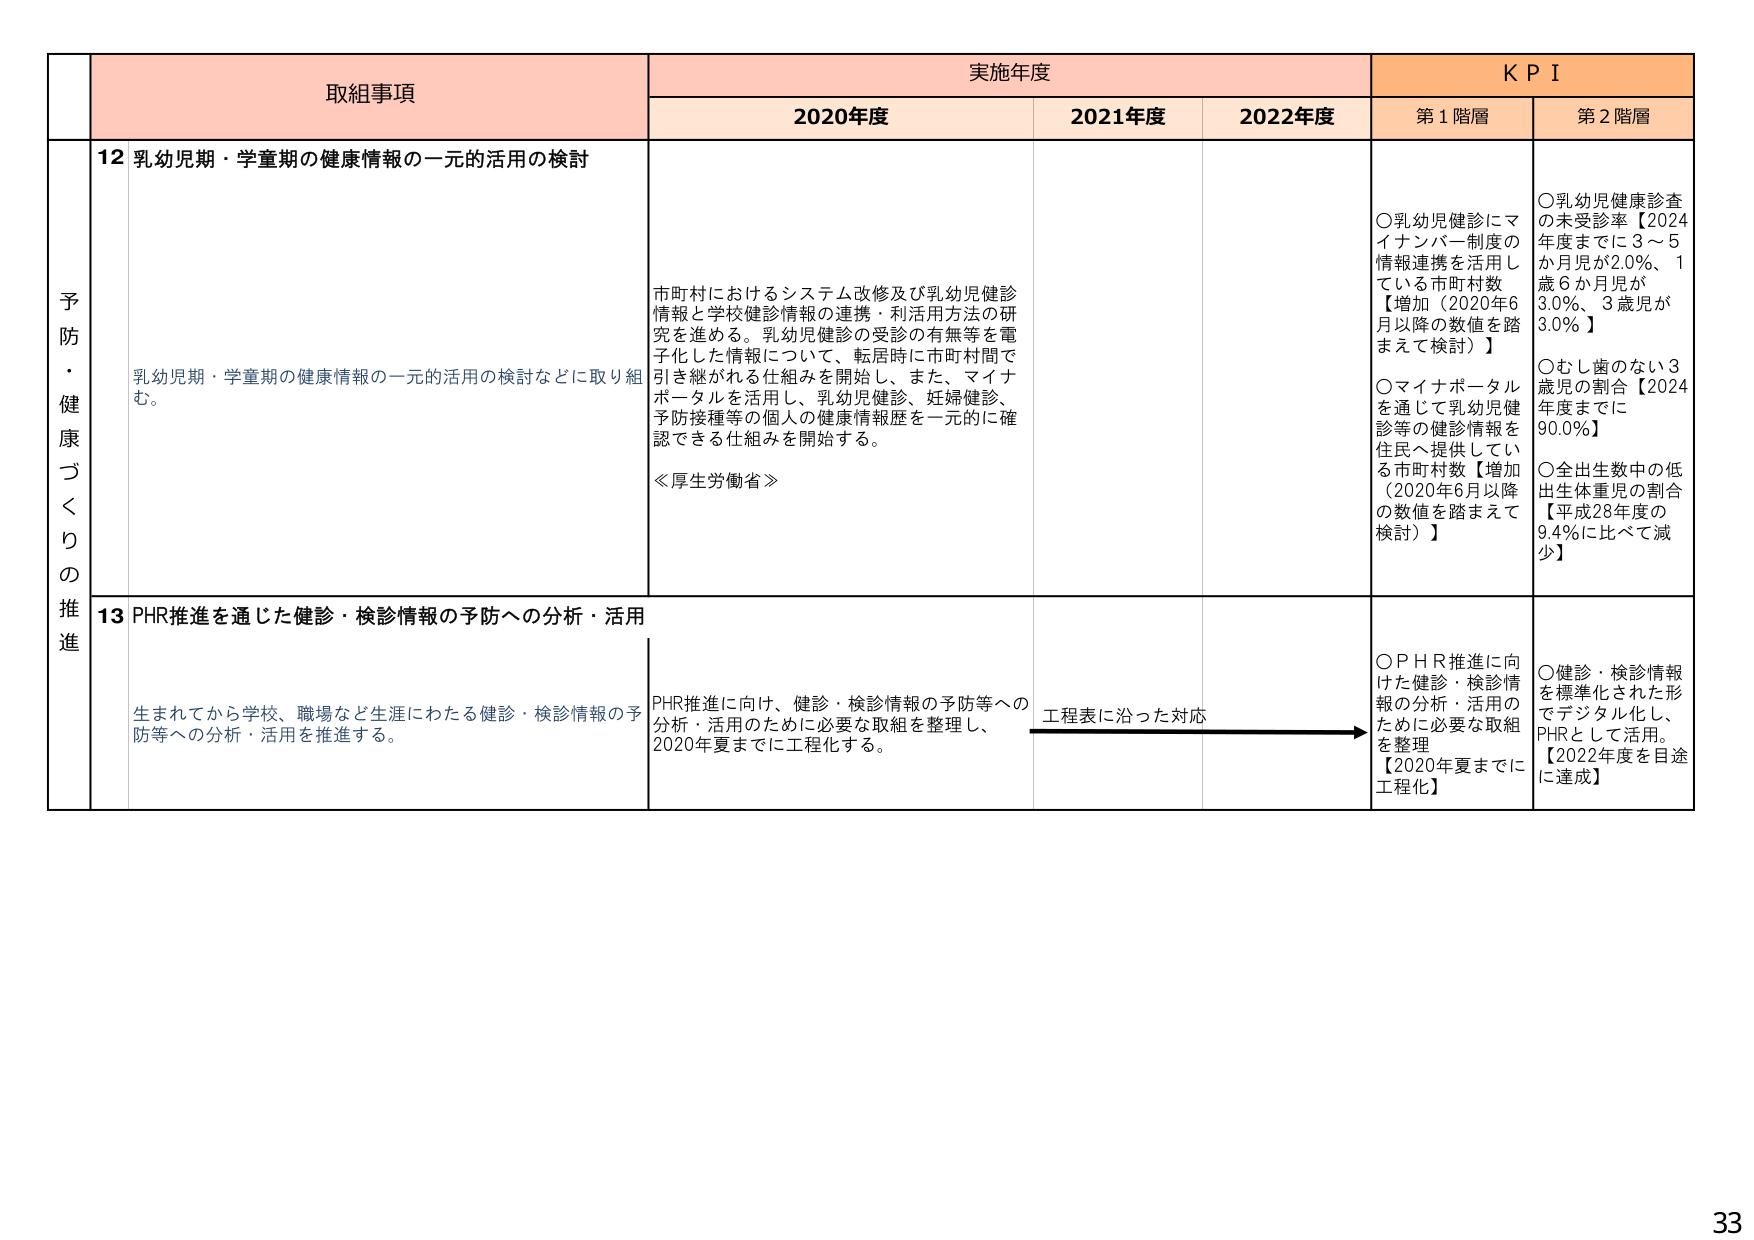
予防・健康づくりの推進

取組事項

実施年度

KPI

2020年度

2021年度

2022年度

第1階層

第2階層

12 乳幼児期・学童期の健康情報の一元的活用の検討

乳幼児期・学童期の健康情報の一元的活用の検討などに取り組む。

市町村におけるシステム改修及び乳幼児健診情報と学校健診情報の連携・利活用方法の研究を進める。乳幼児健診の受診の有無等を電子化した情報について、転居時に市町村間で引き継がれる仕組みを開始し、また、マイナポータルを活用し、乳幼児健診、妊婦健診、予防接種等の個人の健康情報歴を一元的に確認できる仕組みを開始する。

≪厚生労働省≫

○乳幼児健診にマイナンバー制度の情報連携を活用している市町村数【増加（2020年6月以降の数値を踏まえて検討）】

○マイナポータルを通じて乳幼児健診等の健診情報を住民へ提供している市町村数【増加（2020年6月以降の数値を踏まえて検討）】

○乳幼児健康診査の未受診率【2024年度までに3〜5か月児が2.0%、1歳6か月児が3.0%、3歳児が3.0%】

○むし歯のない3歳児の割合【2024年度までに90.0%】

○全出生数中の低出生体重児の割合【平成28年度の9.4%に比べて減少】

13 PHR推進を通じた健診・検診情報の予防への分析・活用

生まれてから学校、職場など生涯にわたる健診・検診情報の予防等への分析・活用を推進する。

PHR推進に向け、健診・検診情報の予防等への分析・活用のために必要な取組を整理し、2020年夏までに工程化する。

工程表に沿った対応

○PHR推進に向けた健診・検診情報の分析・活用のために必要な取組を整理【2020年夏までに工程化】

○健診・検診情報を標準化された形でデジタル化し、PHRとして活用。【2022年度を目途に達成】

33